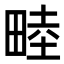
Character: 𪽘